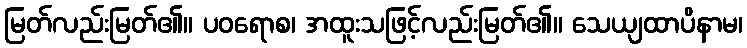
မြတ်လည်းမြတ်၏။ ပဝရောစ၊ အထူးသဖြင့်လည်းမြတ်၏။ သေယျထာပိနာမ၊